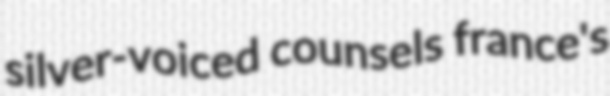
silver-voiced counsels france's